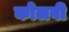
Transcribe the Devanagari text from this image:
कोलवी